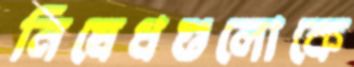
নিষেধগুলোকে